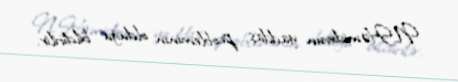
N.Həmidovun yaddaş probleminin olduğu bildirilir.